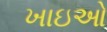
ખાઇઓ